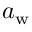
a _ { \mathrm { w } }